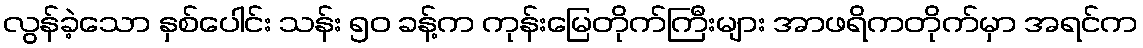
လွန်ခဲ့သော နှစ်ပေါင်း သန်း ၅၀ ခန့်က ကုန်းမြေတိုက်ကြီးများ အာဖရိကတိုက်မှာ အရင်က